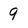
Character: 9